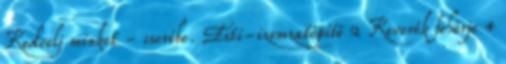
Kedvelj minket - cserébe. Esti-izomzatépítő 2 Keverék fehérje 4